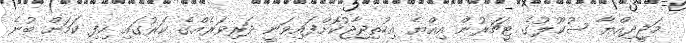
މަޖީދިއްޔާ ސުކޫލުގެ ޓީޗަރުން އިއްޔެ އިހުތިޖާޖުކޮށްފައިވަނީ ދަރިވަރެއްގެ ކަރުގައި ހިފި ކަމަށް ބުނެ